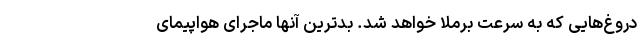
دروغ‌هایی که به سرعت برملا خواهد شد. بدترین آنها ماجرای هواپیمای